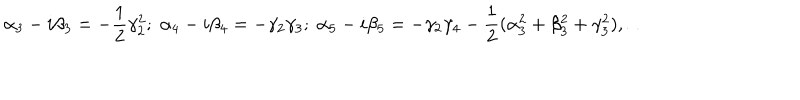
\alpha _ { 3 } - i \beta _ { 3 } = - \frac { 1 } { 2 } \gamma _ { 2 } ^ { 2 } ; \; \alpha _ { 4 } - i \beta _ { 4 } = - \gamma _ { 2 } \gamma _ { 3 } ; \; \alpha _ { 5 } - i \beta _ { 5 } = - \gamma _ { 2 } \gamma _ { 4 } - \frac { 1 } { 2 } ( \alpha _ { 3 } ^ { 2 } + \beta _ { 3 } ^ { 2 } + \gamma _ { 3 } ^ { 2 } ) , \dots